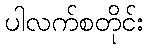
ပါလက်စတိုင်း